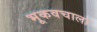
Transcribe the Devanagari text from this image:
भूकवचाला